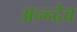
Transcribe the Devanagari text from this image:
अन्न्देव